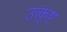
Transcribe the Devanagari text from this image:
उत्कॄष्ट